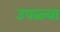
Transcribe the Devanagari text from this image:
उपळ्या